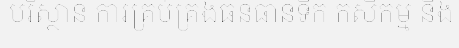
បរិស្ថាន ការគ្រប់គ្រងធនធានទឹក កសិកម្ម និង